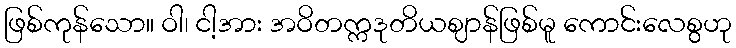
ဖြစ်ကုန်သော။ ဝါ၊ ငါ့အား အဝိတက္ကဒုတိယဈာန်ဖြစ်မူ ကောင်းလေစွဟု